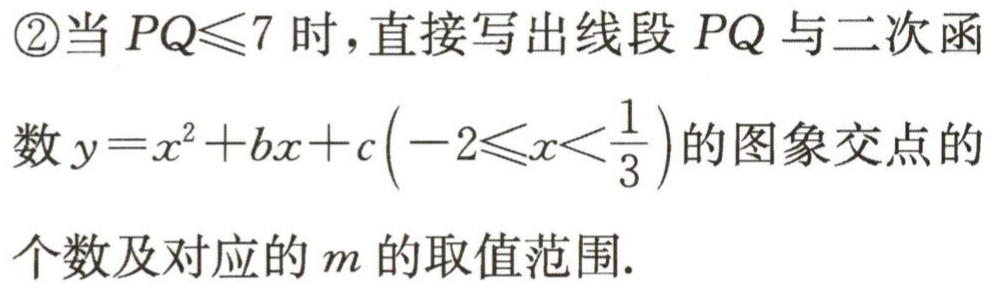
\textcircled{2}当 \(PQ\leqslant7\) 时，直接写出线段 \(PQ\) 与二次函数 \(y = x^{2}+bx + c\left(-2\leqslant x<\frac{1}{3}\right)\) 的图象交点的个数及对应的 \(m\) 的取值范围.